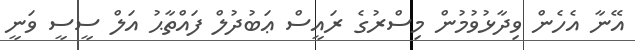
އޭނާ އެހެން ވިދާޅުވުމުން މިސްރުގެ ރައީސް ޢަބުދުލް ފައްތާޙު އަލް ސީސީ ވަނީ